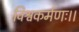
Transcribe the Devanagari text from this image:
विश्वकर्मणः।।